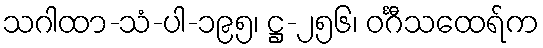
သဂါထာ-သံ-ပါ-၁၉၅၊ ဋ္ဌ-၂၅၆၊ ဝင်္ဂီသထေရ်က